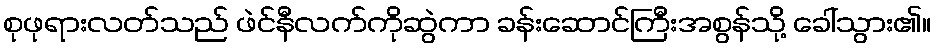
စုဖုရားလတ်သည် ဖဲင်နီလက်ကိုဆွဲကာ ခန်းဆောင်ကြီးအစွန်သို့ ခေါ်သွား၏။